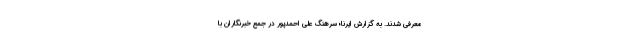
معرفی شدند. به گزارش ایرنا؛ سرهنگ علی احمدپور در جمع خبرنگاران با